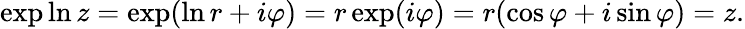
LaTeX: \exp\ln z=\exp(\ln r+i\varphi)=r\exp(i\varphi)=r(\cos\varphi+i\sin\varphi)=z.